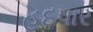
હદપાર